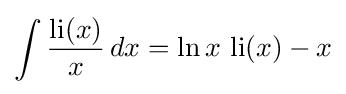
\int {\frac {\operatorname {li} (x)}{x}}\,dx=\ln x\,\operatorname {li} (x)-x